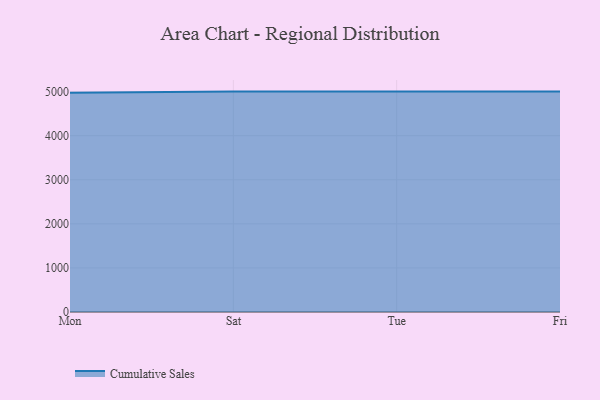
{"axis": {"x": "Day", "y": "Budget (USD K)"}, "legend": ["Cumulative Sales"], "data": [{"x": "Mon", "y": 4975.4, "type": "Cumulative Sales"}, {"x": "Sat", "y": 5000, "type": "Cumulative Sales"}, {"x": "Tue", "y": 5000, "type": "Cumulative Sales"}, {"x": "Fri", "y": 5000, "type": "Cumulative Sales"}]}